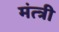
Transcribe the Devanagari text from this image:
मंत्त्री